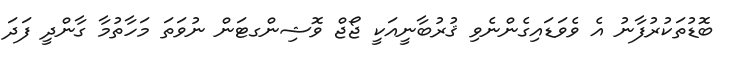
ބޮޑުތަކުރުފާނު އެ ވެވަޑައިގެންނެވި ޤުރުބާނީއަކީ ޖޯޖް ވޮޝިންގޓަން ނުވަތަ މަހާތުމާ ގާންދީ ފަދަ